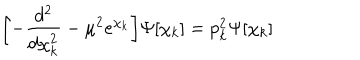
\biggl [ - { \frac { d ^ { 2 } } { d \chi _ { k } ^ { 2 } } } - \mu ^ { 2 } e ^ { \chi _ { k } } \biggr ] \Psi [ \chi _ { k } ] = p _ { k } ^ { 2 } \Psi [ \chi _ { k } ]